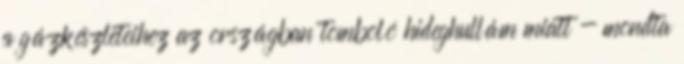
a gázkészleteihez az országban tomboló hideghullám miatt - mondta